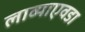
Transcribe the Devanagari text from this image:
लाव्याएवडा